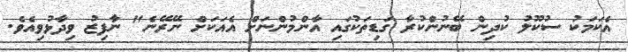
އެކަމަކު ސުކޫލު ކުދިން ބޭނުންކުރާ ގަޑިތަކުގައި އާންމުންނަށް އެއަކަށް ނޭރޭނެ" ނާފިޒު ވިދާޅުވިއެވެ.